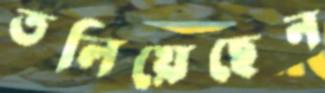
তলিয়েছেন